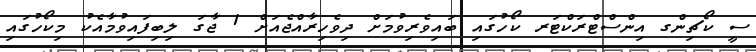
ސީ ކޯޗިންގ އިންސްޓްރަކްޓަރ ކޯހުގައި ބައިވެރިވުމަށް ދިވެހިރާއްޖެއަށް 1 ޖާގަ ލިބިފައިވުމާއެކު މިކޯހުގައި